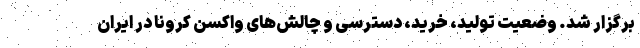
برگزار شد. وضعیت تولید، خرید، دسترسی و چالش‌های واکسن کرونا در ایران